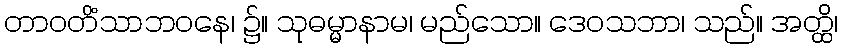
တာဝတိံသာဘဝနေ၊ ၌။ သုဓမ္မာနာမ၊ မည်သော။ ဒေဝသဘာ၊ သည်။ အတ္ထိ၊